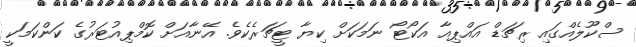
ސްކޫލެއްގައި ރިޗަޑް އައްޕިއާ އަކޯޓޯ ނަމަކަށް ކިޔާ ޓީޗަރެކެވެ. އޭނާއަށް ކޮމްޕިއުޓަރުގެ ކަންކަމަކީ